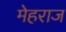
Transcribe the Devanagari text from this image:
मेहराज